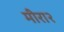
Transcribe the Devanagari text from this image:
मीरा२